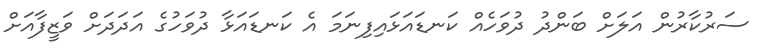
ސަރުކާރުން އަލަށް ބަންދު ދުވަހެއް ކަނޑައަޅައިފިނަމަ އެ ކަނޑައަޅާ ދުވަހުގެ އަދަދަށް ވަޒީފާއަށް